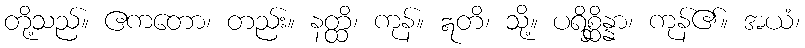
တို့သည်။ ဧကတော၊ တည်း။ နတ္ထိ၊ ကုန်။ ဣတိ၊ သို့။ ပရိစ္ဆိန္နာ၊ ကုန်၏။ အယံ၊